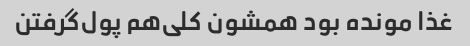
غذا مونده بود همشون کلی‌هم پول‌گرفتن